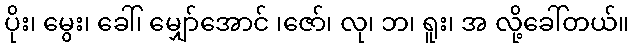
ပိုး၊ မွေး၊ ခေါ်၊ မျှော်အောင် ၊ဇော်၊ လု၊ ဘ၊ ရူး၊ အ လို့ခေါ်တယ်။